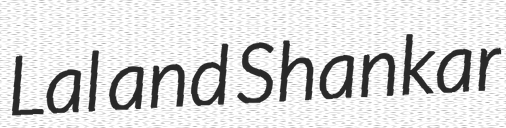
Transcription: Lal and Shankar